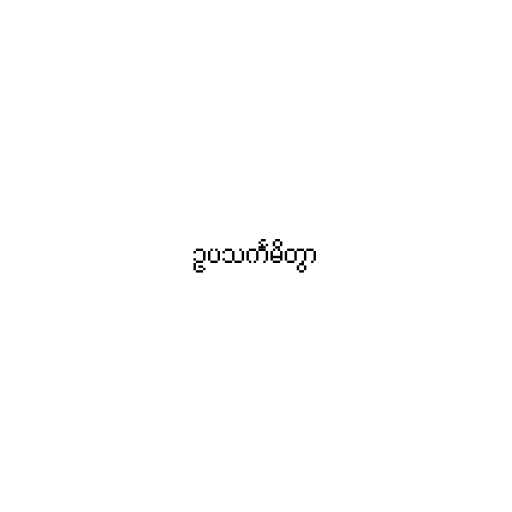
ဥပသင်္ကမိတွာ